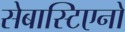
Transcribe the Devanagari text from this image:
सेबास्टिएनो